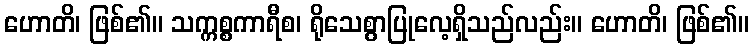
ဟောတိ၊ ဖြစ်၏။ သက္ကစ္စကာရီစ၊ ရိုသေစွာပြုလေ့ရှိသည်လည်း။ ဟောတိ၊ ဖြစ်၏။